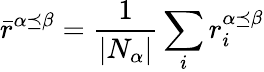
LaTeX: \displaystyle\bar{r}^{\alpha\preceq\beta}=\frac{1}{|N_{\alpha}|}\sum_{i}{r_{i}^{\alpha\preceq\beta}}